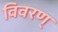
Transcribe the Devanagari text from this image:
विवरण्